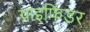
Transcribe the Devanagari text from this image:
ग्राइफिंडर